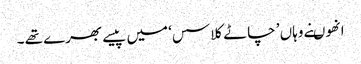
انھوںنے وہاں ’ چاٹے کلاسس‘ میں پیسے بھرے تھے ۔